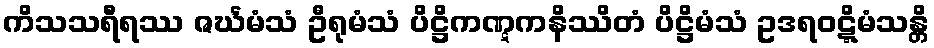
ကိသသရီရဿ ဇင်္ဃမံသံ ဦရုမံသံ ပိဋ္ဌိကဏ္ဋကနိဿိတံ ပိဋ္ဌိမံသံ ဥဒရဝဋ္ဋိမံသန္တိ